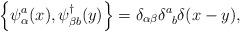
LaTeX: \begin{align*}\left\{\psi^{a}_\alpha(x),\psi ^{\dagger}_{\beta b}(y)\right\}=\delta _{\alpha \beta }\delta^{a}_{\phantom{a}b}\delta (x-y),\end{align*}